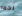
لحمه